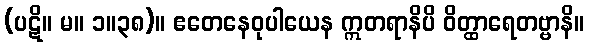
(ပဋိ။ မ။ ၁။၃၈)။ ဧတေနေဝုပါယေန ဣတရာနိပိ ဝိတ္ထာရေတဗ္ဗာနိ။